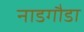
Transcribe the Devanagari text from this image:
नाडगौडा